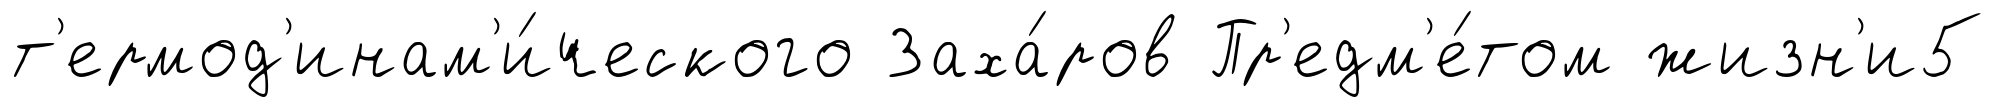
т'ермод'инам'и́ческого Заха́ров Пр'едм'е́том жизн'и5